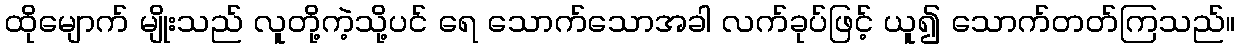
ထိုမျောက် မျိုးသည် လူတို့ကဲ့သို့ပင် ရေ သောက်သောအခါ လက်ခုပ်ဖြင့် ယူ၍ သောက်တတ်ကြသည်။